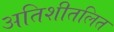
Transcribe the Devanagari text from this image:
अतिशीतलित